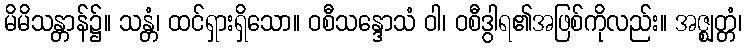
မိမိသန္တာန်၌။ သန္တံ၊ ထင်ရှားရှိသော။ ဝစီသန္ဒောသံ ဝါ၊ ဝစီဒွါရ၏အဖြစ်ကိုလည်း။ အဇ္ဈတ္တံ၊